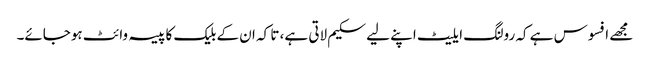
مجھے افسوس ہے کہ رولنگ ایلیٹ اپنے لیے سکیم لاتی ہے، تا کہ ان کے بلیک کا پیسہ وائٹ ہوجائے۔